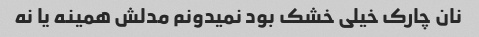
نان چارک خیلی خشک بود نمیدونم مدلش همینه یا نه